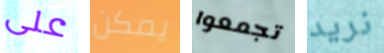
على يمكن تجمعوا نريد